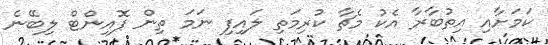
ކަމަށާއި އިތުބާރާ އެކު މެޗާ ކުރިމަތި ލައިފި ނަމަ ތިން ޕޮއިންޓް ލިބޭނެ